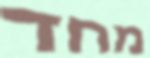
מחד